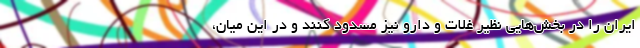
ایران را در بخش‌هایی نظیر غلات و دارو نیز مسدود کنند و در این میان،